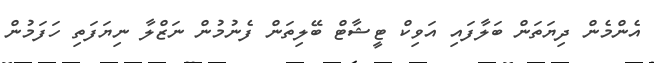
އެންމެން ދިޔަތަން ބަލާފައި އަވިކް ޓީޝާޓް ބޭލިތަން ފެނުމުން ނަޒްލާ ނިޔަފަތި ހަފަމުން